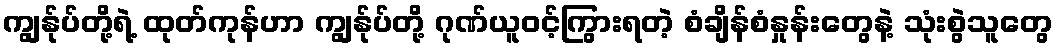
ကျွန်ုပ်တို့ရဲ့ ထုတ်ကုန်ဟာ ကျွန်ုပ်တို့ ဂုဏ်ယူဝင့်ကြွားရတဲ့ စံချိန်စံနှုန်းတွေနဲ့ သုံးစွဲသူတွေ